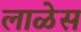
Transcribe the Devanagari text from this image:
लाळेस